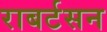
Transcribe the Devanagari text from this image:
राबर्टसन